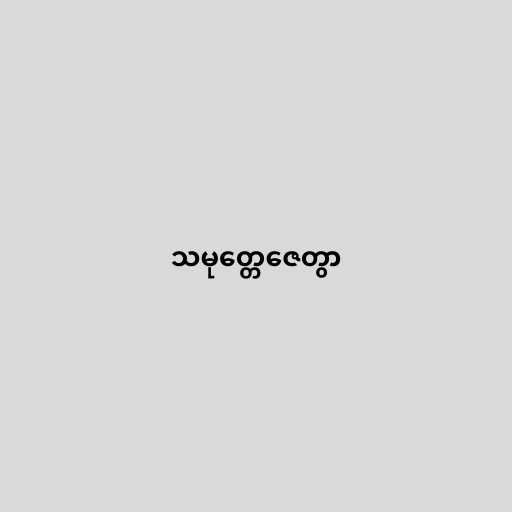
သမုတ္တေဇေတွာ